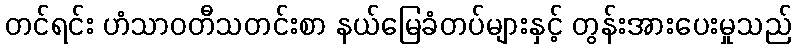
တင်ရင်း ဟံသာဝတီသတင်းစာ နယ်မြေခံတပ်များနှင့် တွန်းအားပေးမှုသည်